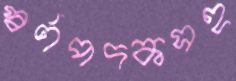
স্বর্ণপদকসহ